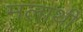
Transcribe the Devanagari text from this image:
मलाथी